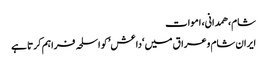
شام، ھمدانی، اموات
ایران شام وعراق میں ‘داعش’ کو اسلحہ فراہم کرتا ہے